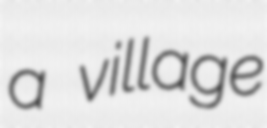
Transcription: a village